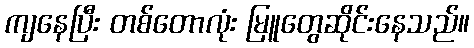
ကျနေပြီး တစ်တောလုံး မြူတွေဆိုင်းနေသည်။